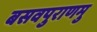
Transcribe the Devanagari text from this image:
बसवपुराणमु